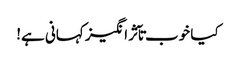
کیا خوب تآثر انگیز کہانی ہے!